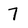
Character: 7